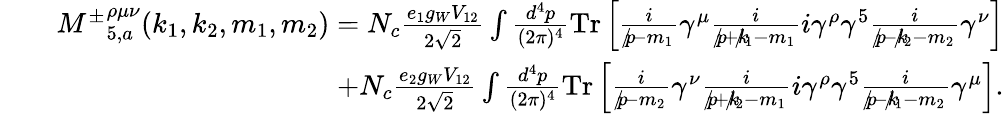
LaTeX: \begin{array}{rlr}&{}&{{M^{\pm}}_{5,a}^{\rho\mu\nu}(k_{1},k_{2},m_{1},m_{2})=N_{c}\frac{e_{1}g_{W}V_{12}}{2\sqrt{2}}\int\frac{d^{4}p}{(2\pi)^{4}}\mathrm{{Tr}}\left[\frac{i}{p\! \! \! /-m_{1}}\gamma^{\mu}\frac{i}{p\! \! \! /+k\! \! \! /_{1}-m_{1}}i\gamma^{\rho}\gamma^{5}\frac{i}{p\! \! \! /-k\! \! \! /_{2}-m_{2}}\gamma^{\nu}\right]}\\ &{}&{+N_{c}\frac{e_{2}g_{W}V_{12}}{2\sqrt{2}}\int\frac{d^{4}p}{(2\pi)^{4}}{\mathrm{Tr}}\left[\frac{i}{p\! \! \! /-m_{2}}\gamma^{\nu}\frac{i}{p\! \! \! /+k\! \! \! /_{2}-m_{1}}i\gamma^{\rho}\gamma^{5}\frac{i}{p\! \! \! /-k\! \! \! /_{1}-m_{2}}\gamma^{\mu}\right].}\end{array}